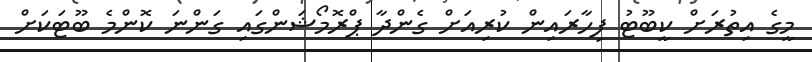
މީގެ އިތުރަށް ކީބޫޓު ފިހާރައިން ކުރިއަށް ގެންދާ ޕްރޮމޯޝަންގައި ގަންނަ ކޮންމެ ބޫޓަކަށް